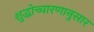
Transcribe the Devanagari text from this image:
शुद्धोच्चारणानुसार